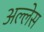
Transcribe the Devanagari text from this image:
अल्लेस